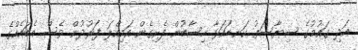
އަދި ގައުމުގެ ސިޔާސަތު ކަނޑައަޅާ ހިސާބުން ފެށިގެން އަމިއްލަ ފަރުދުން ވެސް އެބައެއްގެ